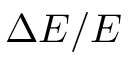
\Delta E / E